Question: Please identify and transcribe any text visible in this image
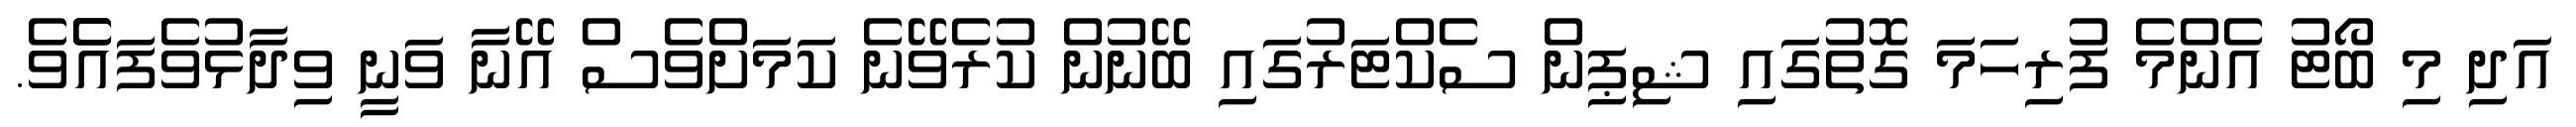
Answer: އަދި މި ބޯޓު އެންމެ ފުރިހަމަ ގޮތުގައި ޝިޕިން ސެކްޓަރުގައި ބޭނުން ކުރެވޭނެ ކަމަށްވެސް އޭނާ ވަނީ ވިދާޅުވެފައެެވެ.